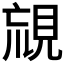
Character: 𧠰